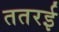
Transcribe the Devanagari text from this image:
ततरई